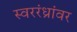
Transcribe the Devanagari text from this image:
स्वररंध्रांवर